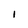
Character: I